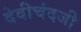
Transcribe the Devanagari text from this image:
देवीचंदजी